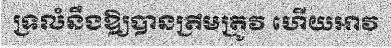
ទ្រលំនឹងឱ្យបានត្រឹមត្រូវ ហើយអាវ